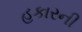
હકારની